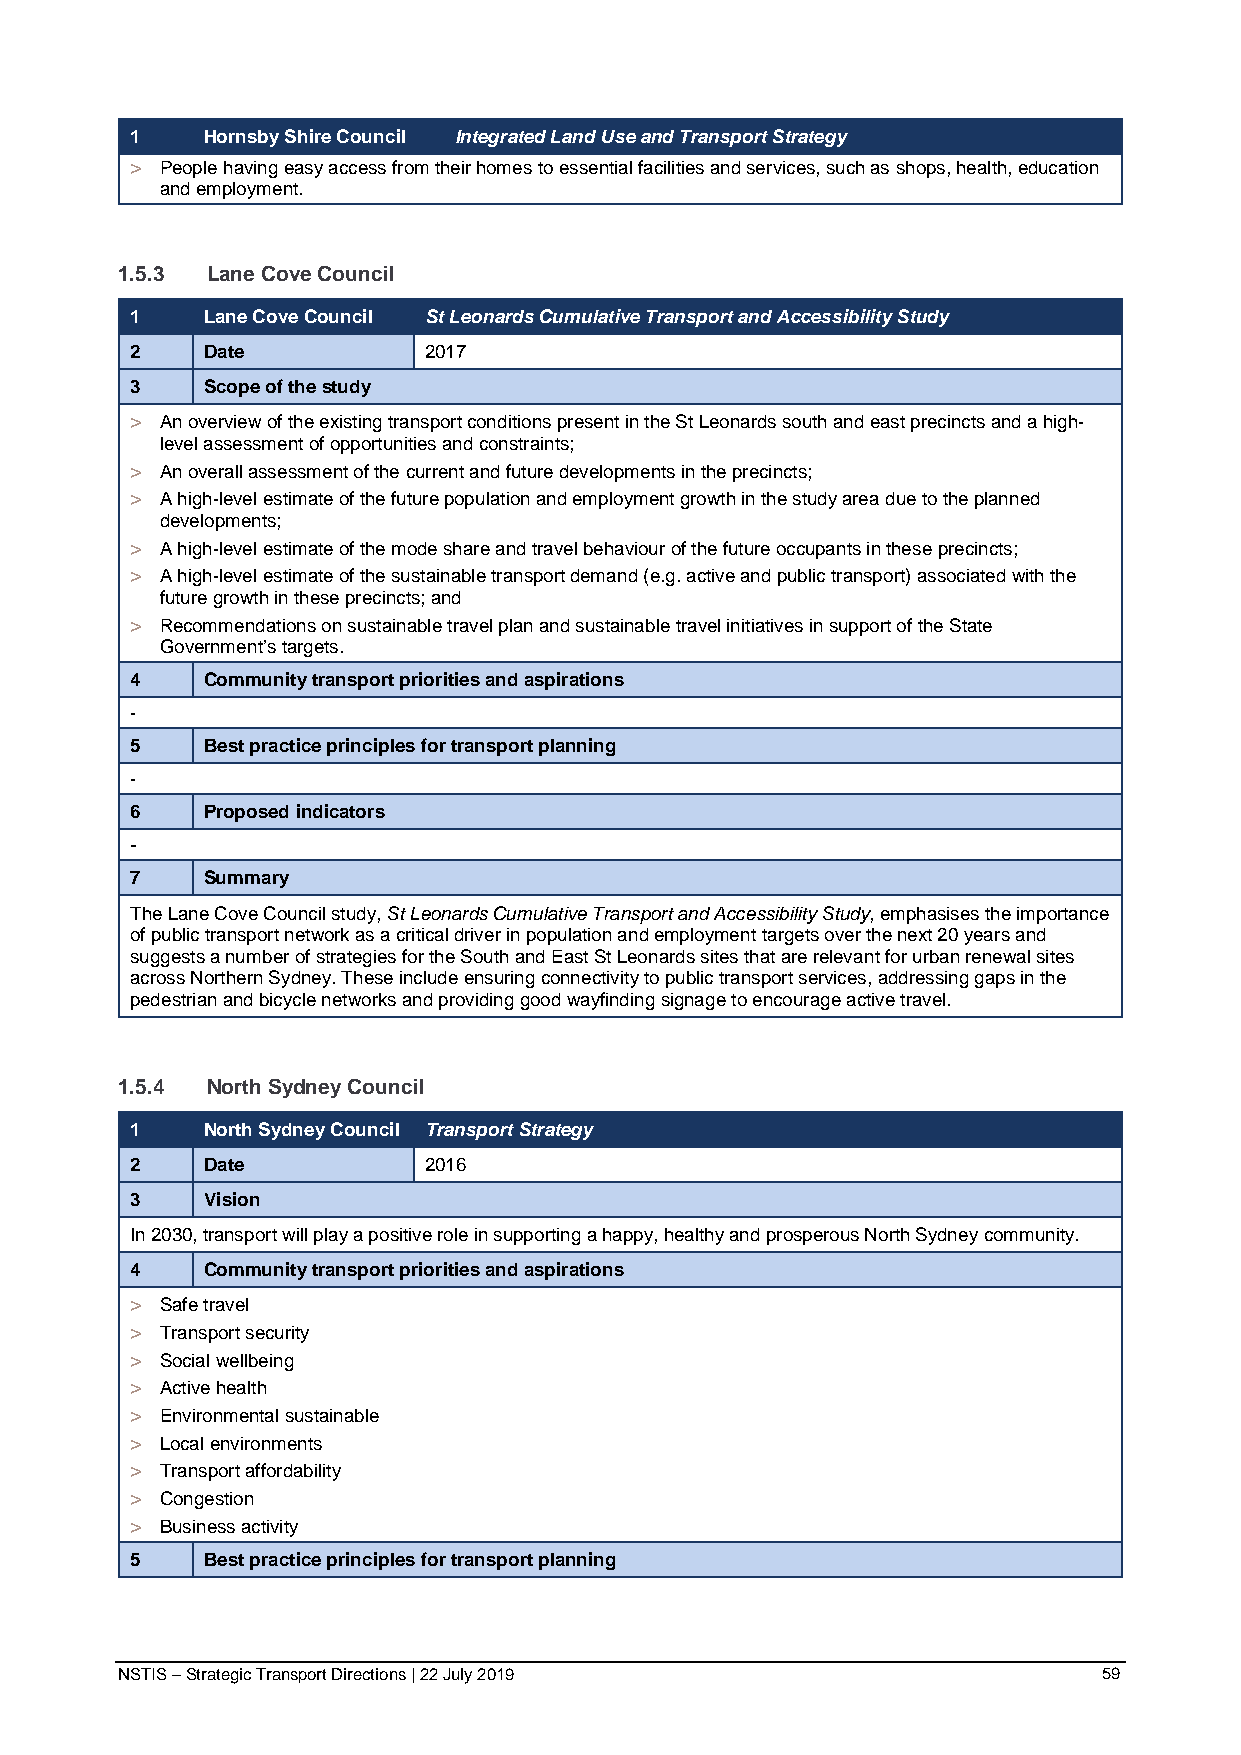
1   Hornsby Shire Council Integrated Land Use and Transport Strategy
 > People having easy access from their homes to essential facilities and services, such as shops, health, education
 and employment.
 1.5.3 Lane Cove Council
 1   Lane Cove Council St Leonards Cumulative Transport and Accessibility Study
 2   Date           2017
 3   Scope of the study
 > An overview of the existing transport conditions present in the St Leonards south and east precincts and a high-
 level assessment of opportunities and constraints;
 > An overall assessment of the current and future developments in the precincts;
 > A high-level estimate of the future population and employment growth in the study area due to the planned
 developments;
 > A high-level estimate of the mode share and travel behaviour of the future occupants in these precincts;
 > A high-level estimate of the sustainable transport demand (e.g. active and public transport) associated with the
 future growth in these precincts; and
 > Recommendations on sustainable travel plan and sustainable travel initiatives in support of the State
 Government’s targets.
 4   Community transport priorities and aspirations
 -
 5   Best practice principles for transport planning
 -
 6   Proposed indicators
 -
 7   Summary
 The Lane Cove Council study, St Leonards Cumulative Transport and Accessibility Study, emphasises the importance
 of public transport network as a critical driver in population and employment targets over the next 20 years and
 suggests a number of strategies for the South and East St Leonards sites that are relevant for urban renewal sites
 across Northern Sydney. These include ensuring connectivity to public transport services, addressing gaps in the
 pedestrian and bicycle networks and providing good wayfinding signage to encourage active travel.
 1.5.4 North Sydney Council
 1   North Sydney Council Transport Strategy
 2   Date           2016
 3   Vision
 In 2030, transport will play a positive role in supporting a happy, healthy and prosperous North Sydney community.
 4   Community transport priorities and aspirations
 > Safe travel
 > Transport security
 > Social wellbeing
 > Active health
 > Environmental sustainable
 > Local environments
 > Transport affordability
 > Congestion
 > Business activity
 5   Best practice principles for transport planning
 NSTIS – Strategic Transport Directions | 22 July 2019            59